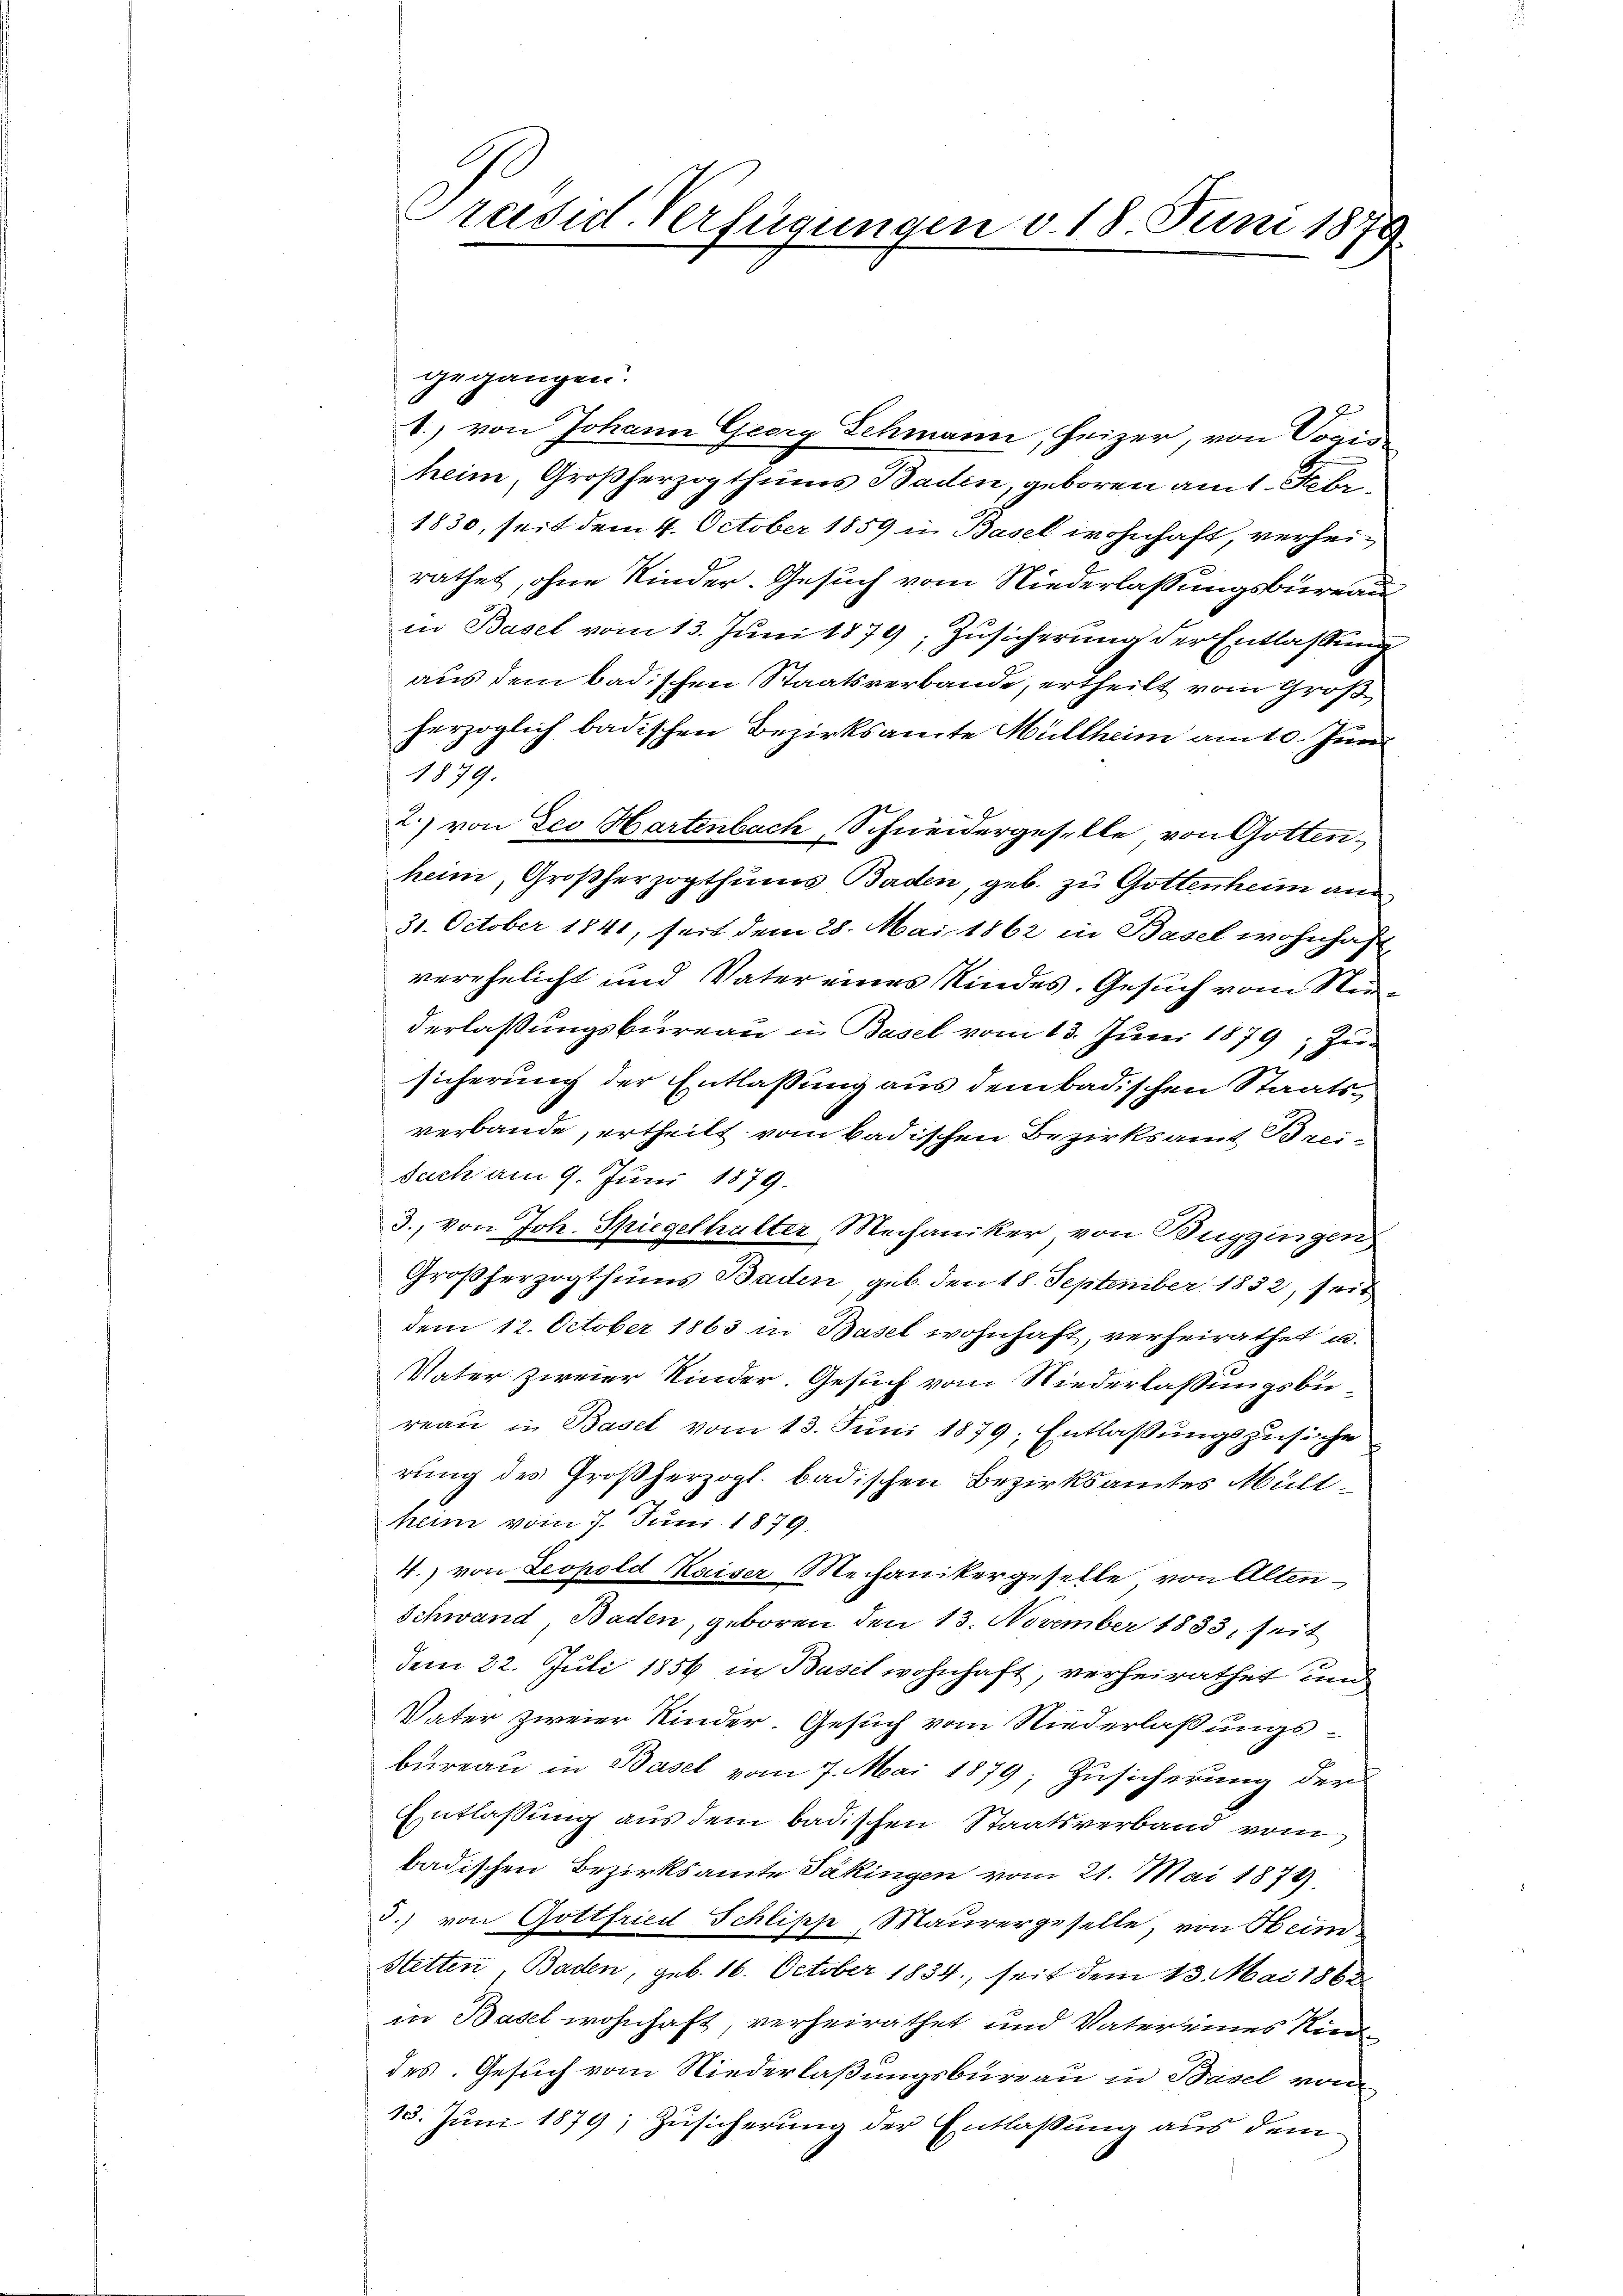
gegangen.
.) von Johann Georg Schmann, Heizer, von Vogin
heim, Großherzogthums Baden, geboren am 1. Febr.
1830, seit dem 4. October 1859 in Basel wohnhaft, verheirathet, ohne Kinder. Gesuch vom Niederlaßungsbureau
in Basel vom 13. Juni 1879, Zusicherung der Entlassung
aus dem badischen Staatsverbande, ertheilt vom Groß
herzoglich badischen Bezirksamte Müllheim am 10. Jun
1879.
2.) von des Hartenbach, Schneidergeselle von Gotten,
heim, Großherzogthums Baden, geb. zu Gottenheim an
31. October 1841, seit dem 28. Mai 1862 in Basel wohnhaft
verehelicht und Vater eines Kindes. Gesuch vom Nuderlassungsbureau in Basel vom 13. Juni 1879, zusicherung der Entlassung aus dem badischen Staatsverbande, ertheilt vom badischen Bezirksamt mi
such am 9. Juni 1879.
3., von Joh. Spiegelhulter, Mechaniker von Buggingen
Großherzogthums Baden, geb. den 18. September 1852, seit
dem 12. October 1863 in Basel wohnhaft, verheirathet u.
Vater zweier Kinder. Gesuch vom Niederlassungsbüreau in Basel vom 13. Juni 1879; Entlassungszusiche
rung des Großherzogl. badischen Bezirksamtes Müllheim vom 7. Juni 1879.
4.) von Leopold Kaiser Mechanikergeselle von Alten-
Schwand Baden, geboren den 13. November 1883, seit
dem 22. Juli 1856 in Basil wohnhaft, verheirathet und
Vater zweier Kinder. Gesuch vom Niederlaßungsbureau in Basel vom 7. Mai 1879; Zusicherung der
Entlassung aus dem badischen Staatsverband vom
badischen Bezirksamte Päkingen vom 21. Mai 1874.
.) von Gottfried Schlipp Maurergeselle, von Heim¬
Stetten, Baden, geb. 16. October 1834., seit dem 13. Mai 1862
in Basel wohnhaft, verheirathet und Vater eines Rinddes Gesuch vom Niederlaßungsbureau in Basel von
13. Juni 1879; Zusicherung der Entlassung aus dem

Präsid. Verfügungen v. 18. Juni 1879